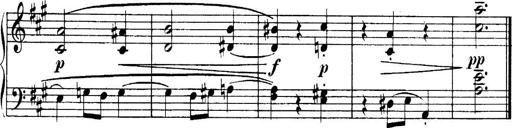
Title: 4 Sonatines
Composer: Max Reger